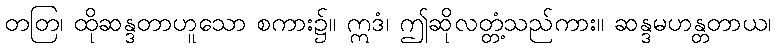
တတြ၊ ထိုဆန္ဒတာဟူသော စကား၌။ ဣဒံ၊ ဤဆိုလတ္တံ့သည်ကား။ ဆန္ဒမဟန္တတာယ၊